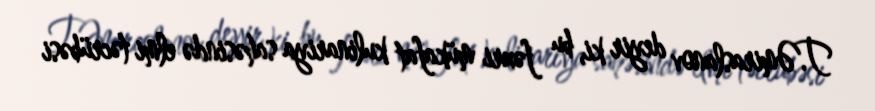
T.Əmiraslanov deyir ki, bu fəxri mükafat kulinariya sahəsində elmi təcrübəsi